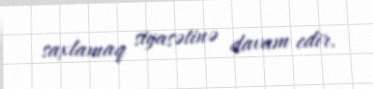
saxlamaq siyasətinə davam edir.